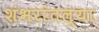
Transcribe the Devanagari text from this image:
शंभरांतल्या